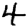
Digit: 4